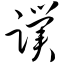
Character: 蹼